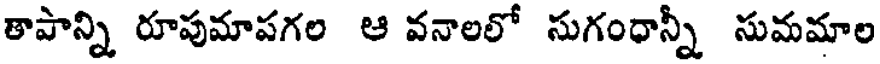
తాపాన్ని రూపుమాపగల ఆ వనాలలో సుగంధాన్నీ సుమమాల